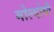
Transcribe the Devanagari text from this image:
मोल्दोवी